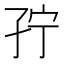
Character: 𰌥